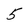
Character: 5